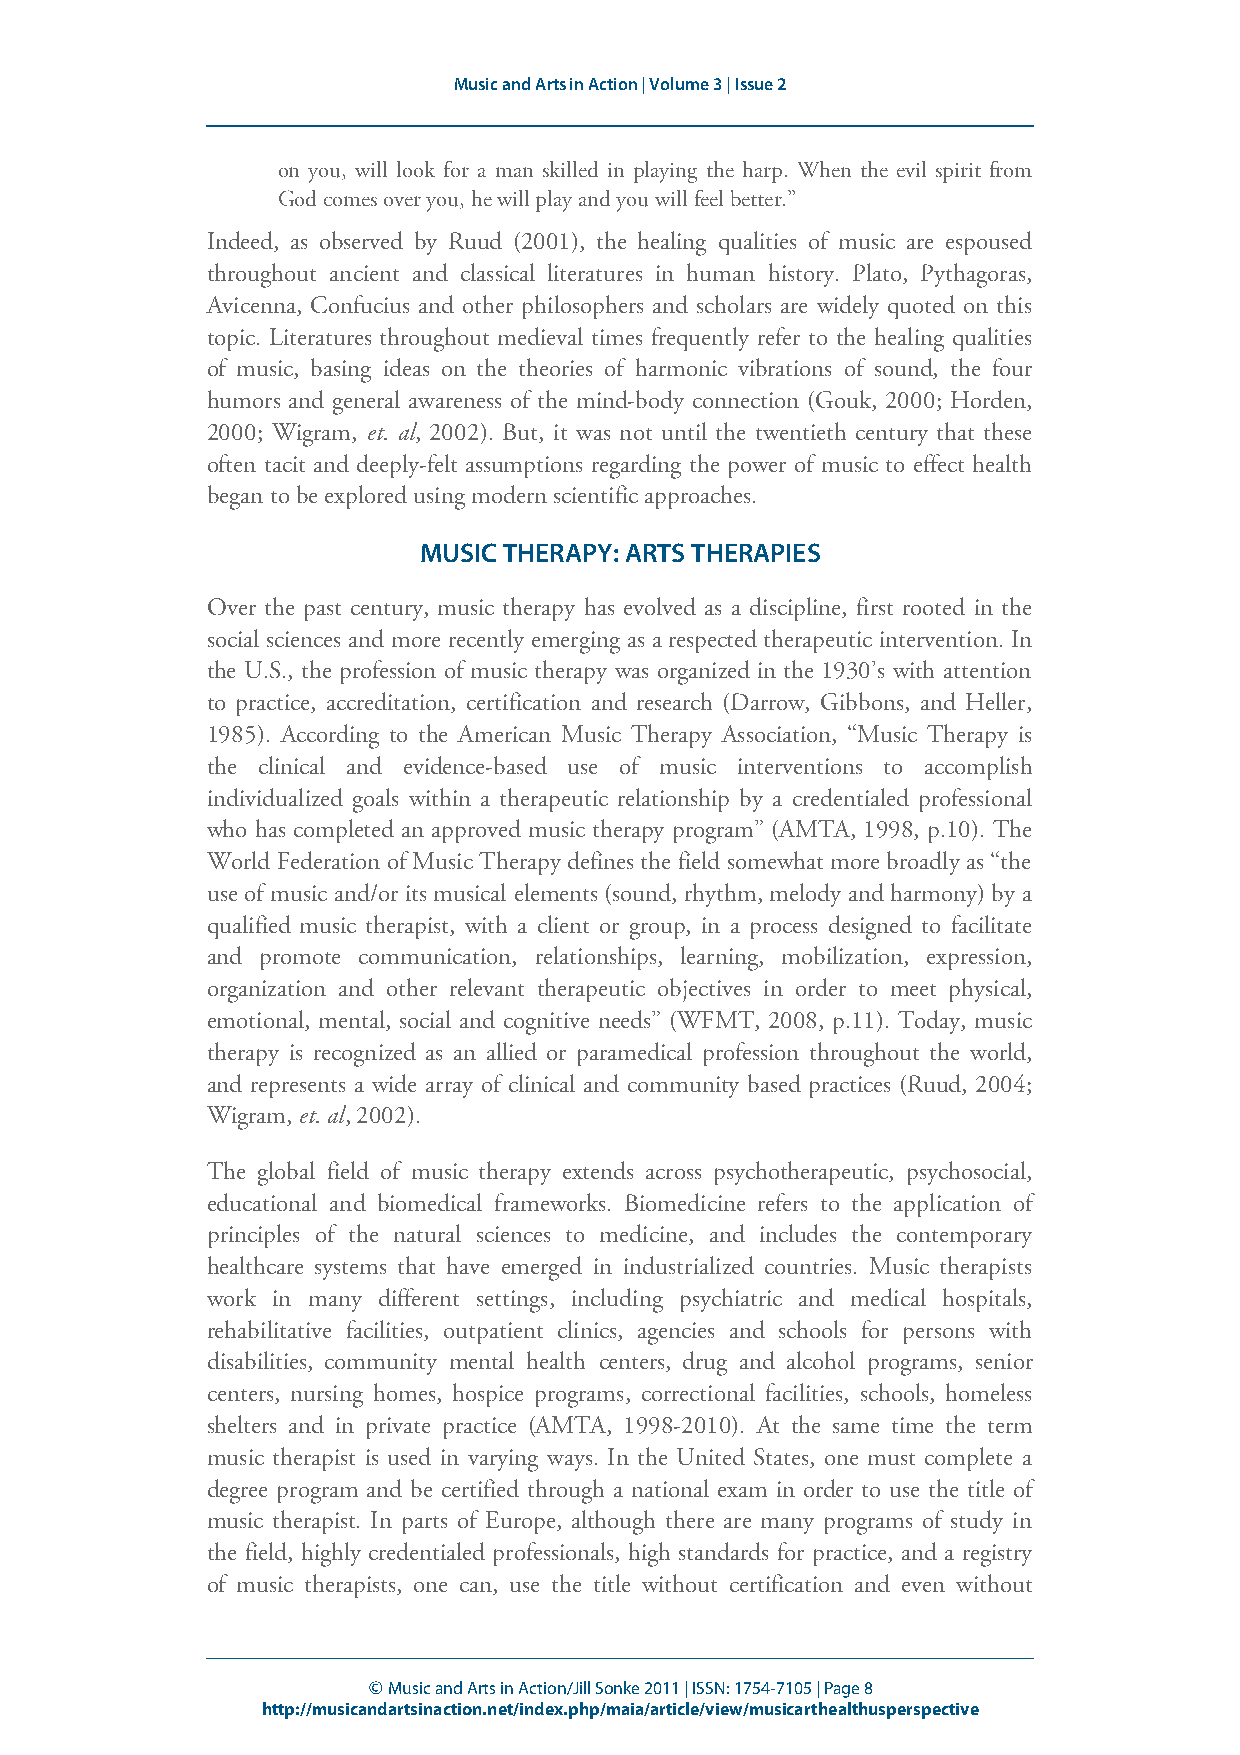
Music and Arts in Action | Volume 3 | Issue 2
 on you, will look for a man skilled in playing the harp. When the evil spirit from
 God comes over you, he will play and you will feel better.”
 Indeed, as observed by Ruud (2001), the healing qualities of music are espoused
 throughout ancient and classical literatures in human history. Plato, Pythagoras,
 Avicenna, Confucius and other philosophers and scholars are widely quoted on this
 topic. Literatures throughout medieval times frequently refer to the healing qualities
 of music, basing ideas on the theories of harmonic vibrations of sound, the four
 humors and general awareness of the mind-body connection (Gouk, 2000; Horden,
 2000; Wigram, et. al, 2002). But, it was not until the twentieth century that these
 often tacit and deeply-felt assumptions regarding the power of music to effect health
 began to be explored using modern scientific approaches.
 MUSIC THERAPY: ARTS THERAPIES
 Over the past century, music therapy has evolved as a discipline, first rooted in the
 social sciences and more recently emerging as a respected therapeutic intervention. In
 the U.S., the profession of music therapy was organized in the 1930’s with attention
 to practice, accreditation, certification and research (Darrow, Gibbons, and Heller,
 1985). According to the American Music Therapy Association, “Music Therapy is
 the clinical and evidence-based use of music interventions to accomplish
 individualized goals within a therapeutic relationship by a credentialed professional
 who has completed an approved music therapy program” (AMTA, 1998, p.10). The
 World Federation of Music Therapy defines the field somewhat more broadly as “the
 use of music and/or its musical elements (sound, rhythm, melody and harmony) by a
 qualified music therapist, with a client or group, in a process designed to facilitate
 and promote communication, relationships, learning, mobilization, expression,
 organization and other relevant therapeutic objectives in order to meet physical,
 emotional, mental, social and cognitive needs” (WFMT, 2008, p.11). Today, music
 therapy is recognized as an allied or paramedical profession throughout the world,
 and represents a wide array of clinical and community based practices (Ruud, 2004;
 Wigram, et. al, 2002).
 The global field of music therapy extends across psychotherapeutic, psychosocial,
 educational and biomedical frameworks. Biomedicine refers to the application of
 principles of the natural sciences to medicine, and includes the contemporary
 healthcare systems that have emerged in industrialized countries. Music therapists
 work in many different settings, including psychiatric and medical hospitals,
 rehabilitative facilities, outpatient clinics, agencies and schools for persons with
 disabilities, community mental health centers, drug and alcohol programs, senior
 centers, nursing homes, hospice programs, correctional facilities, schools, homeless
 shelters and in private practice (AMTA, 1998-2010). At the same time the term
 music therapist is used in varying ways. In the United States, one must complete a
 degree program and be certified through a national exam in order to use the title of
 music therapist. In parts of Europe, although there are many programs of study in
 the field, highly credentialed professionals, high standards for practice, and a registry
 of music therapists, one can, use the title without certification and even without
 © Music and Arts in Action/Jill Sonke 2011 | ISSN: 1754-7105 | Page 8
 http://musicandartsinaction.net/index.php/maia/article/view/musicarthealthusperspective